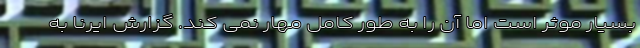
بسیار موثر است اما آن را به طور کامل مهار نمی کند. گزارش ایرنا به